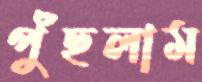
পুঁছলাম